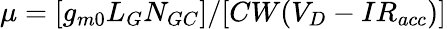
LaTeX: \mu=[g_{m0}L_{G}N_{GC}]/[CW(V_{D}-IR_{acc})]